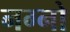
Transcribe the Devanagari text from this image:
नग्नो